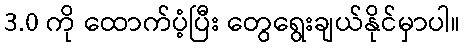
3.0 ကို ထောက်ပံ့ပြီး တွေရွေးချယ်နိုင်မှာပါ။